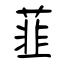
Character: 韮